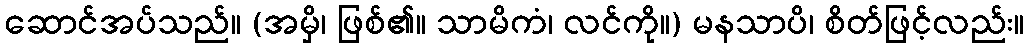
ဆောင်အပ်သည်။ (အမှိ၊ ဖြစ်၏။ သာမိကံ၊ လင်ကို။) မနသာပိ၊ စိတ်ဖြင့်လည်း။